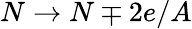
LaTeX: N\to N\mp 2e/A